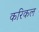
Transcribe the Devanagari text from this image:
करिकल